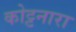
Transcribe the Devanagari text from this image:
कोट्टनारा